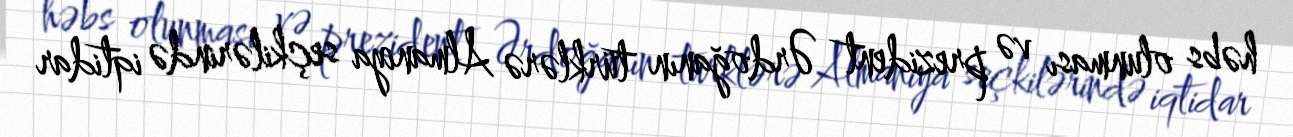
həbs olunması və prezident Ərdoğanın türklərə Almaniya seçkilərində iqtidar